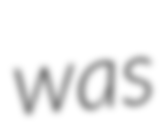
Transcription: was